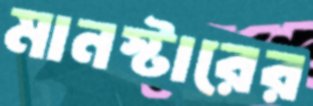
মানস্টারের